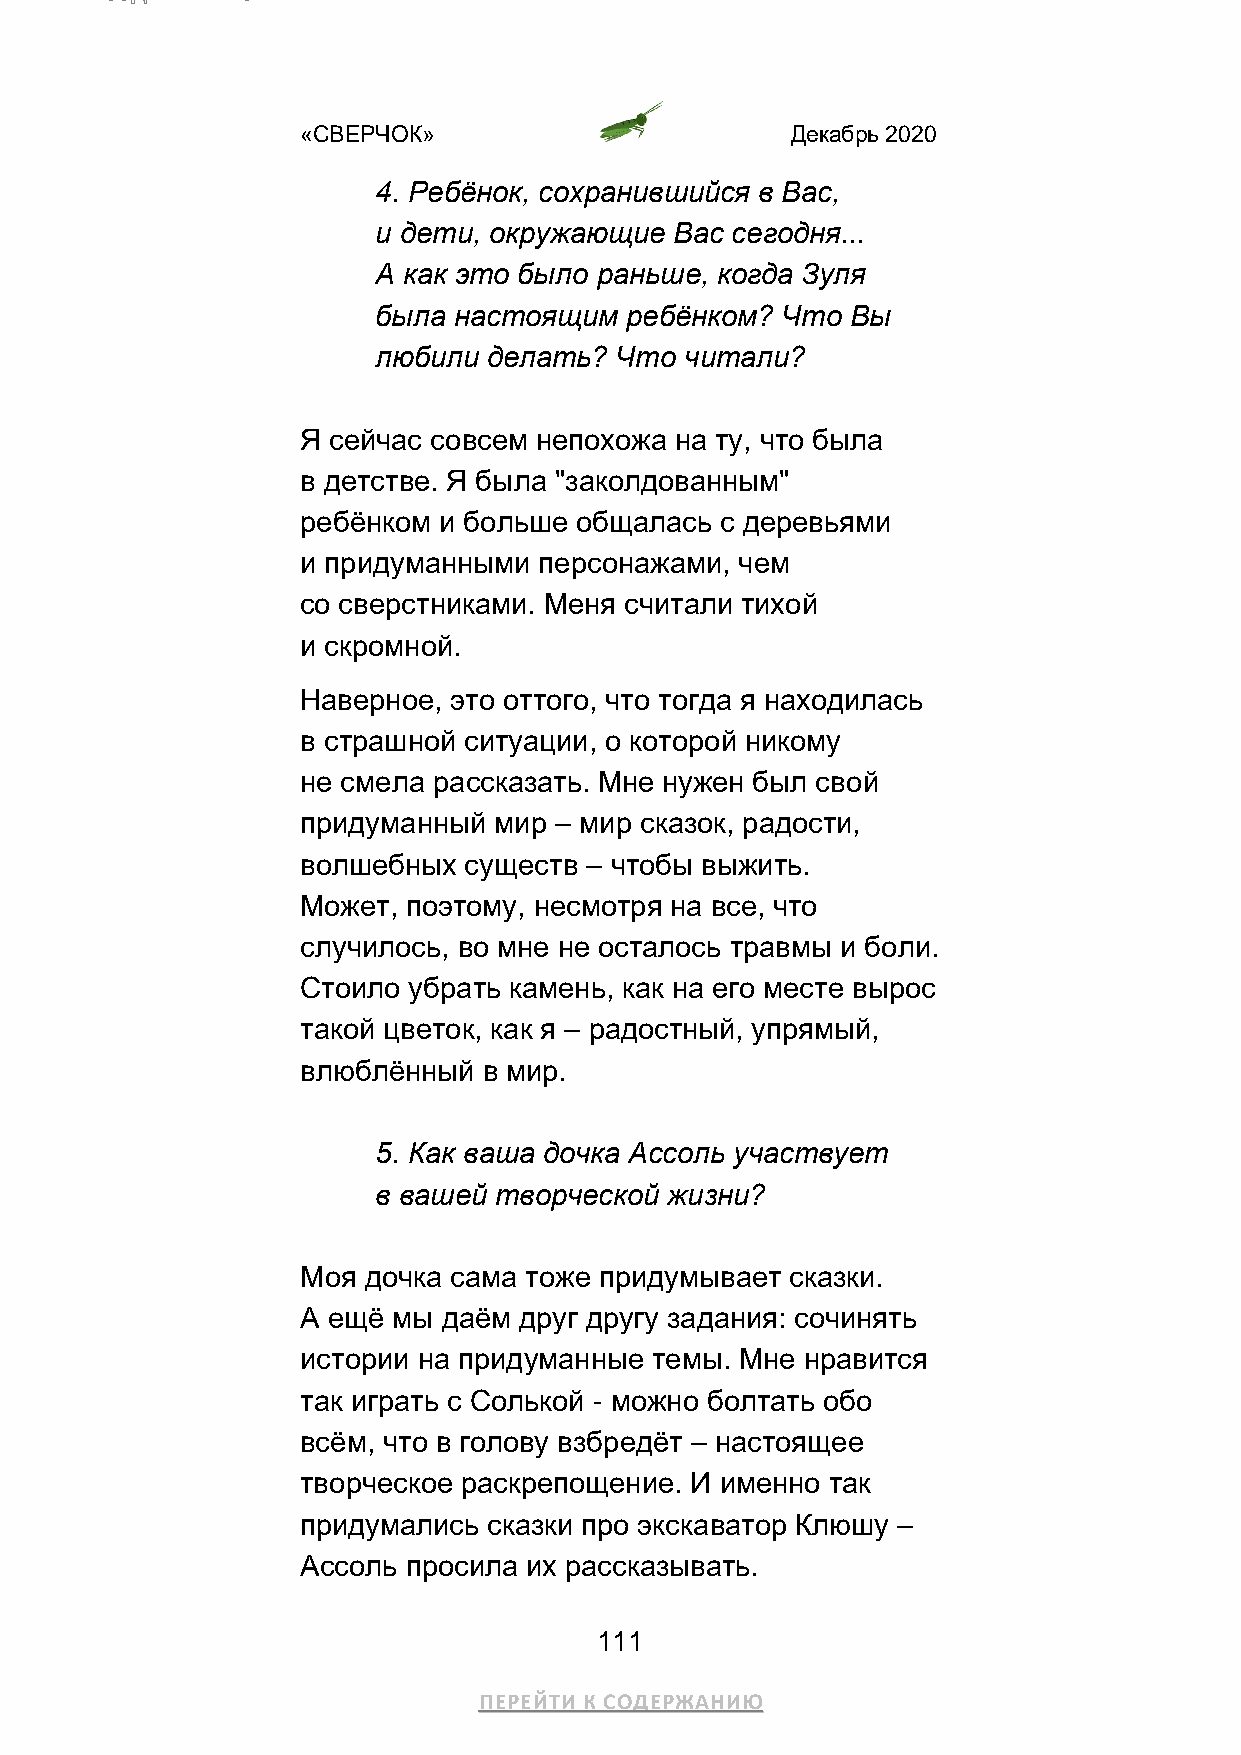
«СВЕРЧОК»                       Декабрь 2020
 4. Ребёнок, сохранившийся в Вас,
 и дети, окружающие  Вас сегодня...
 А как это было раньше, когда Зуля
 была настоящим  ребёнком?  Что Вы
 любили делать?  Что читали?
 Я сейчас совсем непохожа на ту, что была
 в детстве. Я была "заколдованным"
 ребёнком и больше общалась  с деревьями
 и придуманными  персонажами, чем
 со сверстниками. Меня считали тихой
 и скромной.
 Наверное, это оттого, что тогда я находилась
 в страшной ситуации, о которой никому
 не смела рассказать. Мне нужен был свой
 придуманный  мир – мир сказок, радости,
 волшебных  существ – чтобы выжить.
 Может, поэтому, несмотря на все, что
 случилось, во мне не осталось травмы и боли.
 Стоило убрать камень, как на его месте вырос
 такой цветок, как я – радостный, упрямый,
 влюблённый  в мир.
 5. Как ваша дочка Ассоль участвует
 в вашей творческой жизни?
 Моя дочка сама тоже придумывает сказки.
 А ещё мы даём друг другу задания: сочинять
 истории на придуманные темы. Мне нравится
 так играть с Солькой - можно болтать обо
 всём, что в голову взбредёт – настоящее
 творческое раскрепощение. И именно так
 придумались сказки про экскаватор Клюшу –
 Ассоль просила их рассказывать.
 111
 ПЕРЕЙТИ К СОДЕРЖАНИЮ